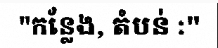
"កន្លែង, តំបន់ :"